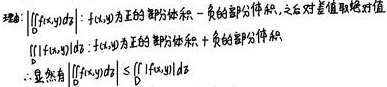
证：$\left|\iint_{D}f(x,y)d\sigma\right|$：把$f(x,y)$正的那部分做一负的部分积分，之后对差值取绝对值
$\iint_{D}|f(x,y)|d\sigma$：把$f(x,y)$正的那部分做积+负的部分做积
$\therefore$显然有$\left|\iint_{D}f(x,y)d\sigma\right|\leq\iint_{D}|f(x,y)|d\sigma$